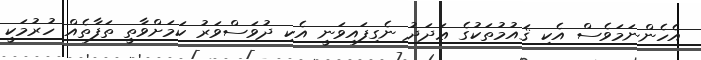
އެހެންނަމަވެސް އެކި ޤައުމުތަކުގެ ޢަދަދު ނެގިފައިވަނީ އެކި ދުވަސްވަރު ކަމަށްވާތީ ތަފާތެއް ހުރުމަކީ